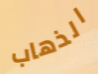
الذهاب